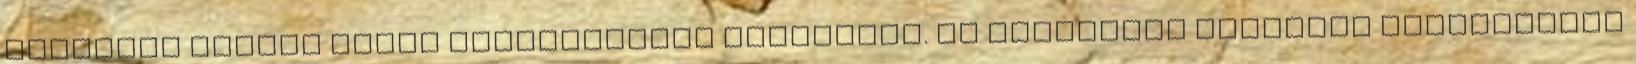
Objektum Görbék Görbe megfordítása parancsot. Az összetett görbéket feloldással